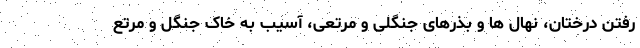
رفتن درختان، نهال ها و بذرهای جنگلی و مرتعی، آسیب به خاک جنگل و مرتع